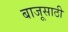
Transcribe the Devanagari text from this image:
बाजूसाठी